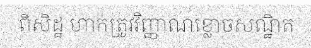
ពិសិដ្ឋ ហាក់ត្រូវវិញ្ញាណខ្លោចសណ្ឋិត